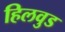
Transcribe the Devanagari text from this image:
हिलवुड